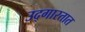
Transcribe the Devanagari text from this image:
उद्‌गारतात